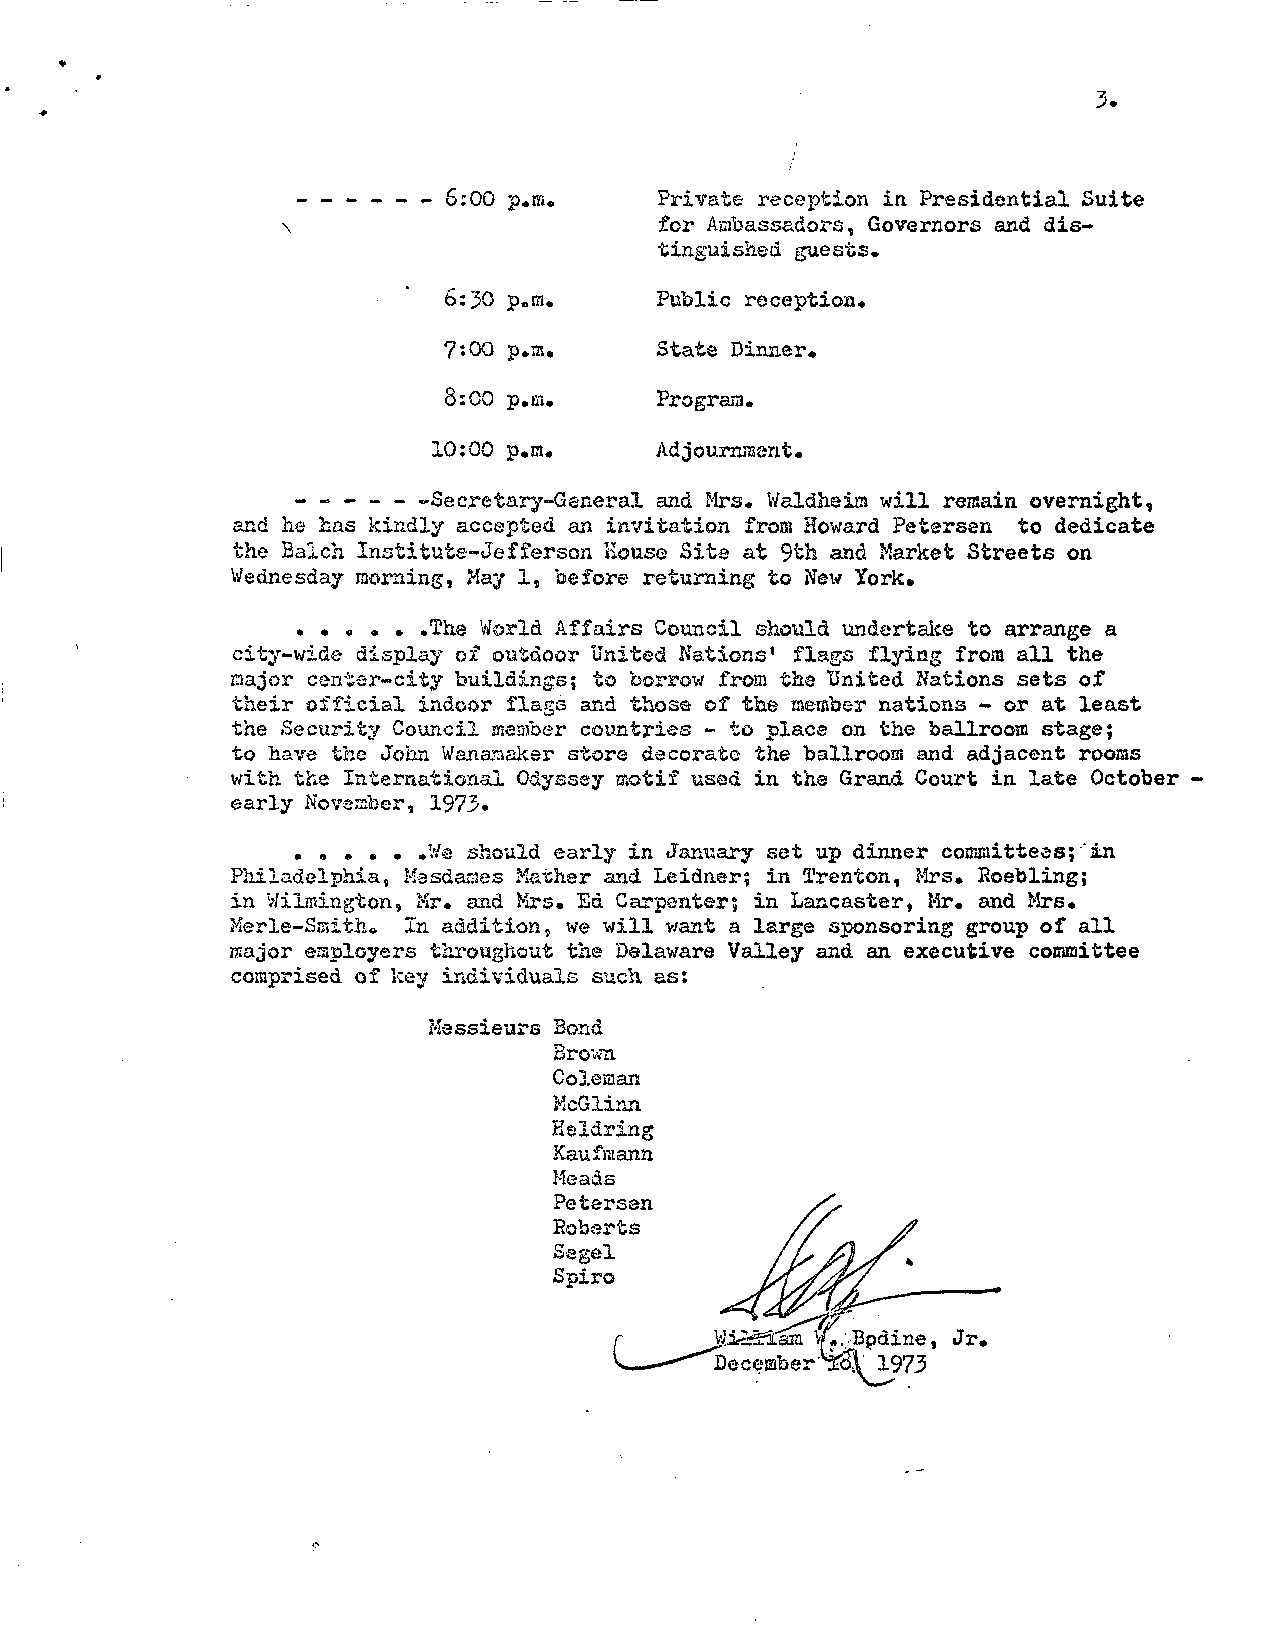
3.
 6:00 p.m.     Private reception in Presidential Suite
 for Ambassadors, Governors and dis-
 tinguished guests.
 6:30 p.m.     Public reception.
 7:00 p.is,    State Dinner.
 8:00 p.m.     Program.
 10:00 p.m.    Adjournment.
 _ _ . . __ -Secretary-General and Mrs. Waldheim will remain overnight,
 and he has kindly accepted an invitation from Howard Petarsen to dedicate
 the Balch Institute-Jefferson House Site at 9th and Market Streets on
 Wednesday morning, May 1, before returning to New York.
 .....   .The World Affairs Council should undertake to arrange a
 city-wide display of outdoor United Nations' flags flying from all the
 major center-city buildings; to borrow from the United Nations sets of
 their official indoor flags and those of the member nations - or at least
 the Security Council member countries - to place on the ballroom stage;
 to have the John Wanamaker store decorate the ballroom and adjacent rooms
 with the International Odyssey aotif used in the Grand Court in late October
 early November, 1973.
 .....    .We should early in January set up dinner comiaittess; "in
 Philadelphia, Mesdames Mather and Leidner; in Trenton, Mrs. Roebling;
 in Wilmington, Mr. and Mrs. Ed Carpenter; in Lancaster, Mr. and Mrs.
 Merle-Smith. In addition, we will want a large sponsoring group of all
 major employers throughout the Delaware Valley and an executive committee
 comprised of key individuals such as:
 Messieurs Bond
 Brown
 Colesian
 McGlinn
 Keldring
 Kaufmann
 Meads
 Petersen
 Roberts
 Segel
 Spiro